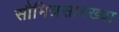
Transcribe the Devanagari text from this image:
सौमित्रसारख्या